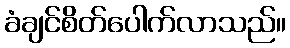
ခံချင်စိတ်ပေါက်လာသည်။